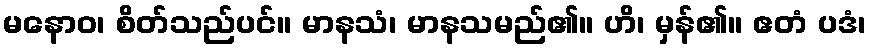
မနောဝ၊ စိတ်သည်ပင်။ မာနသံ၊ မာနသမည်၏။ ဟိ၊ မှန်၏။ ဧတံ ပဒံ၊